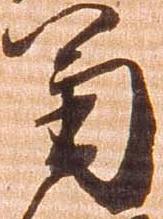
菊